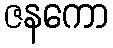
ဇနကော